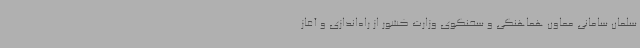
سلمان سامانی معاون هماهنگی و سخنگوی وزارت کشور از راه‌اندازی و آغاز